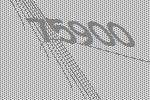
75900